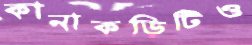
কানাকড়িটিও